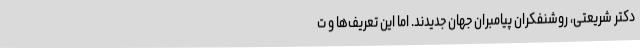
دکتر شریعتی، روشنفکران پیامبران جهان جدیدند. اما این تعریف‌ها و ت